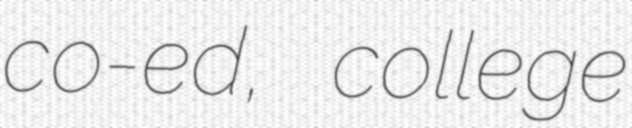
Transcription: co-ed, college